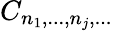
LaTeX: C_{n_{1},...,n_{j},...}